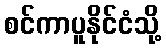
စင်ကာပူနိုင်ငံသို့